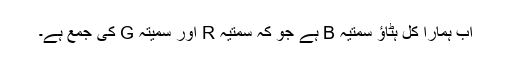
اب ہمارا کُل ہٹاؤ سمتیہ B ہے جو کہ سمتیہ R اور سمیتہ G کی جمع ہے۔